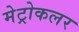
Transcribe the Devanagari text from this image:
मेट्रोकलर